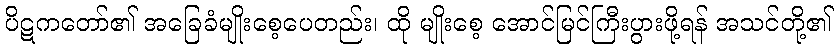
ပိဋကတော်၏ အခြေခံမျိုးစေ့ပေတည်း၊ ထို မျိုးစေ့ အောင်မြင်ကြီးပွားဖို့ရန် အသင်တို့၏